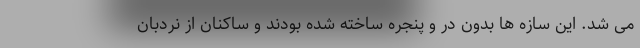
می شد. این سازه ها بدون در و پنجره ساخته شده بودند و ساکنان از نردبان